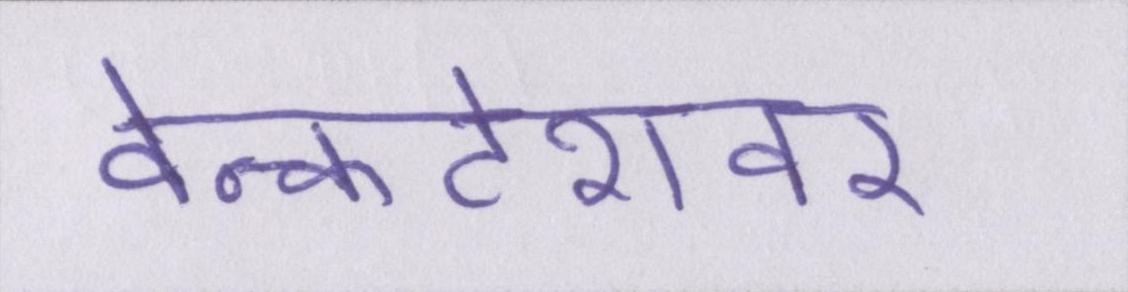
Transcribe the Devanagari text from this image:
वेन्कटेशवर